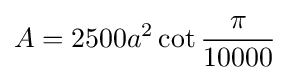
A=2500a^{2}\cot {\frac {\pi }{10000}}